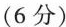
(6分)